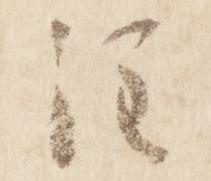
注